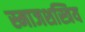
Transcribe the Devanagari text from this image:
स्माजशस्त्रिय